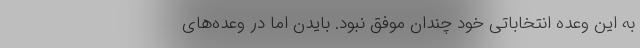
به این وعده انتخاباتی خود چندان موفق نبود. بایدن اما در وعده‌های